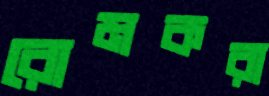
রোমকরা